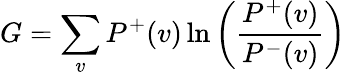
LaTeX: G=\sum_{v}{P^{+}(v)\ln\left({\frac{P^{+}(v)}{P^{-}(v)}}\right)}